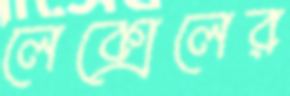
লেক্সেলের